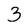
Character: 3